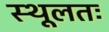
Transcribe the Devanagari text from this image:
स्थूलतः